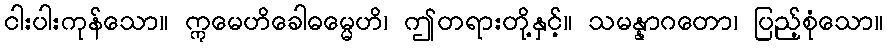
ငါးပါးကုန်သော။ ဣမေဟိခေါဓမ္မေဟိ၊ ဤတရားတို့နှင့်။ သမန္နာဂတော၊ ပြည့်စုံသော။